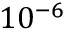
1 0 ^ { - 6 }